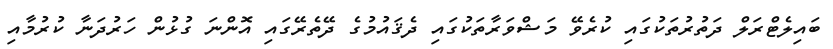
ބައިލެޓްރަލް ދަތުރުތަކުގައި ކުރެވޭ މަޝްވަރާތަކުގައި ދެޤައުމުގެ ދޭތެރޭގައި އޮންނަ ގުޅުން ހަރުދަނާ ކުރުމާއި